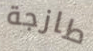
طازجة